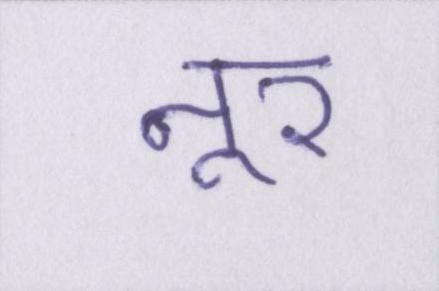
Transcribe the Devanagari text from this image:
नूर